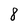
Character: 8